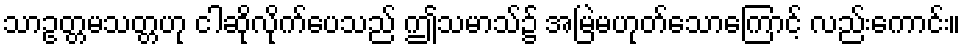
သာဥတ္တမသတ္တဟု ငါဆိုလိုက်ပေသည် ဤသမာသ်၌ အမြဲမဟုတ်သောကြောင့် လည်းကောင်း။